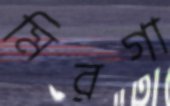
মিরগা